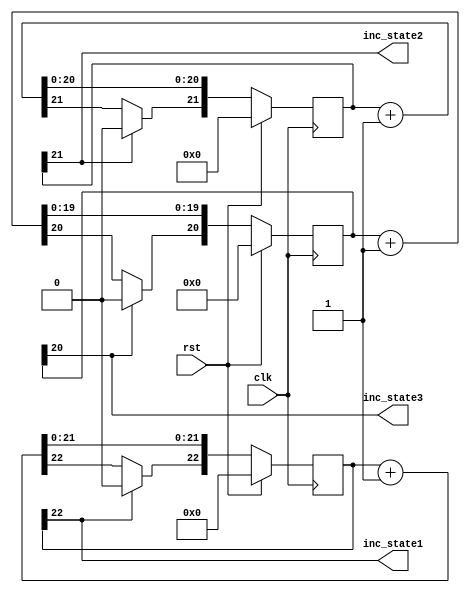
/*
   This file was generated automatically by the Mojo IDE version B1.3.6.
   Do not edit this file directly. Instead edit the original Lucid source.
   This is a temporary file and any changes made to it will be destroyed.
*/

module stateCounter_3 (
    input clk,
    input rst,
    output reg inc_state1,
    output reg inc_state2,
    output reg inc_state3
  );
  
  
  
  reg [22:0] M_stateCounter1_d, M_stateCounter1_q = 1'h0;
  
  reg [21:0] M_stateCounter2_d, M_stateCounter2_q = 1'h0;
  
  reg [20:0] M_stateCounter3_d, M_stateCounter3_q = 1'h0;
  
  always @* begin
    M_stateCounter3_d = M_stateCounter3_q;
    M_stateCounter2_d = M_stateCounter2_q;
    M_stateCounter1_d = M_stateCounter1_q;
    
    inc_state1 = M_stateCounter1_q[22+0-:1];
    M_stateCounter1_d = M_stateCounter1_q + 1'h1;
    if (M_stateCounter1_q[22+0-:1] == 1'h1) begin
      M_stateCounter1_d[22+0-:1] = 1'h0;
    end
    inc_state2 = M_stateCounter2_q[21+0-:1];
    M_stateCounter2_d = M_stateCounter2_q + 1'h1;
    if (M_stateCounter2_q[21+0-:1] == 1'h1) begin
      M_stateCounter2_d[21+0-:1] = 1'h0;
    end
    inc_state3 = M_stateCounter3_q[20+0-:1];
    M_stateCounter3_d = M_stateCounter3_q + 1'h1;
    if (M_stateCounter3_q[20+0-:1] == 1'h1) begin
      M_stateCounter3_d[20+0-:1] = 1'h0;
    end
  end
  
  always @(posedge clk) begin
    if (rst == 1'b1) begin
      M_stateCounter3_q <= 1'h0;
    end else begin
      M_stateCounter3_q <= M_stateCounter3_d;
    end
  end
  
  
  always @(posedge clk) begin
    if (rst == 1'b1) begin
      M_stateCounter2_q <= 1'h0;
    end else begin
      M_stateCounter2_q <= M_stateCounter2_d;
    end
  end
  
  
  always @(posedge clk) begin
    if (rst == 1'b1) begin
      M_stateCounter1_q <= 1'h0;
    end else begin
      M_stateCounter1_q <= M_stateCounter1_d;
    end
  end
  
endmodule